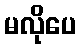
မလိုပေ